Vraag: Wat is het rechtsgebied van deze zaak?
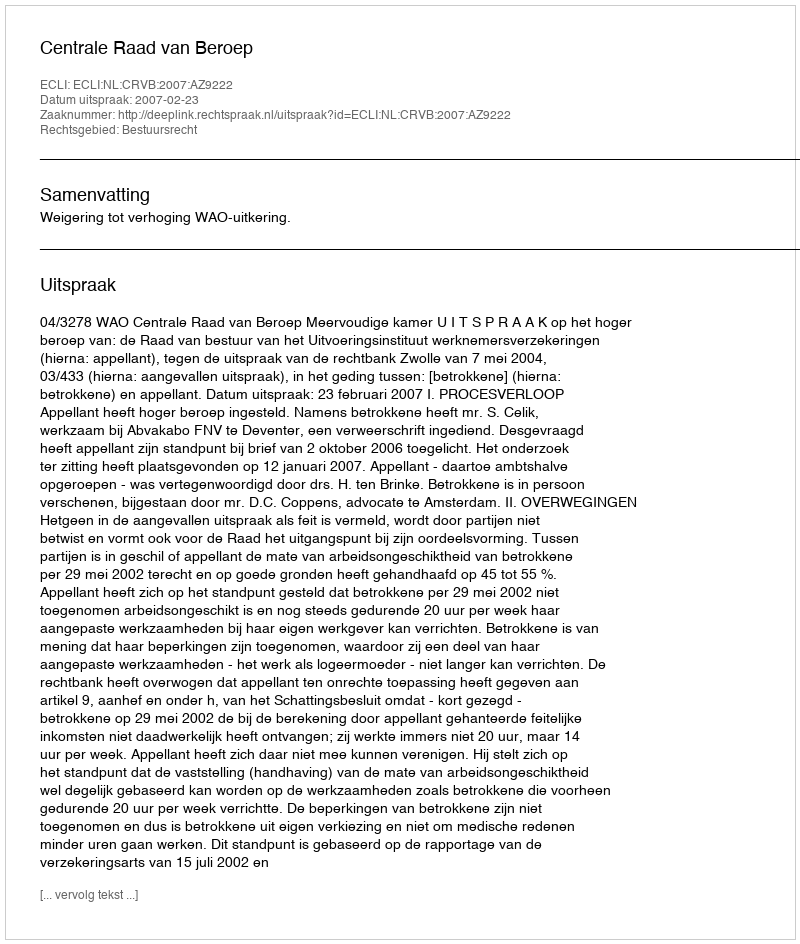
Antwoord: Bestuursrecht